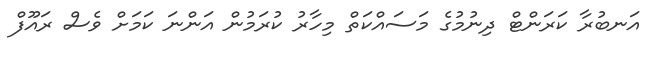
އަނބުރާ ކަރަންޓް ދިނުމުގެ މަސައްކަތް މިހާރު ކުރަމުން އަންނަ ކަމަށް ވެސް ރައޫފް